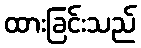
ထားခြင်းသည်